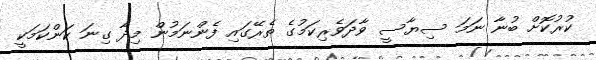
ކުރުކޮށް ބުނާ ނަމަ ސިޔާސީ ވާދަވެރިކަމުގެ ތެރޭގައި ފެންނަމުން މިދާ ގިނަ ކަންކަމަކީ